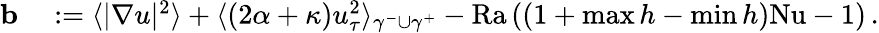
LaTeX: \begin{array}{rl}{\mathbf{b}}&{{}:=\langle|\nabla u|^{2}\rangle+\langle(2\alpha+\kappa)u_{\tau}^{2}\rangle_{\gamma^{-}\cup\gamma^{+}}-\mathrm{{Ra}}\left((1+\operatorname*{max}h-\operatorname*{min}h)\mathrm{{Nu}}-1\right)\, .}\end{array}